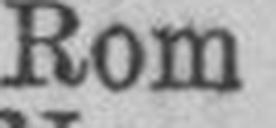
Rom